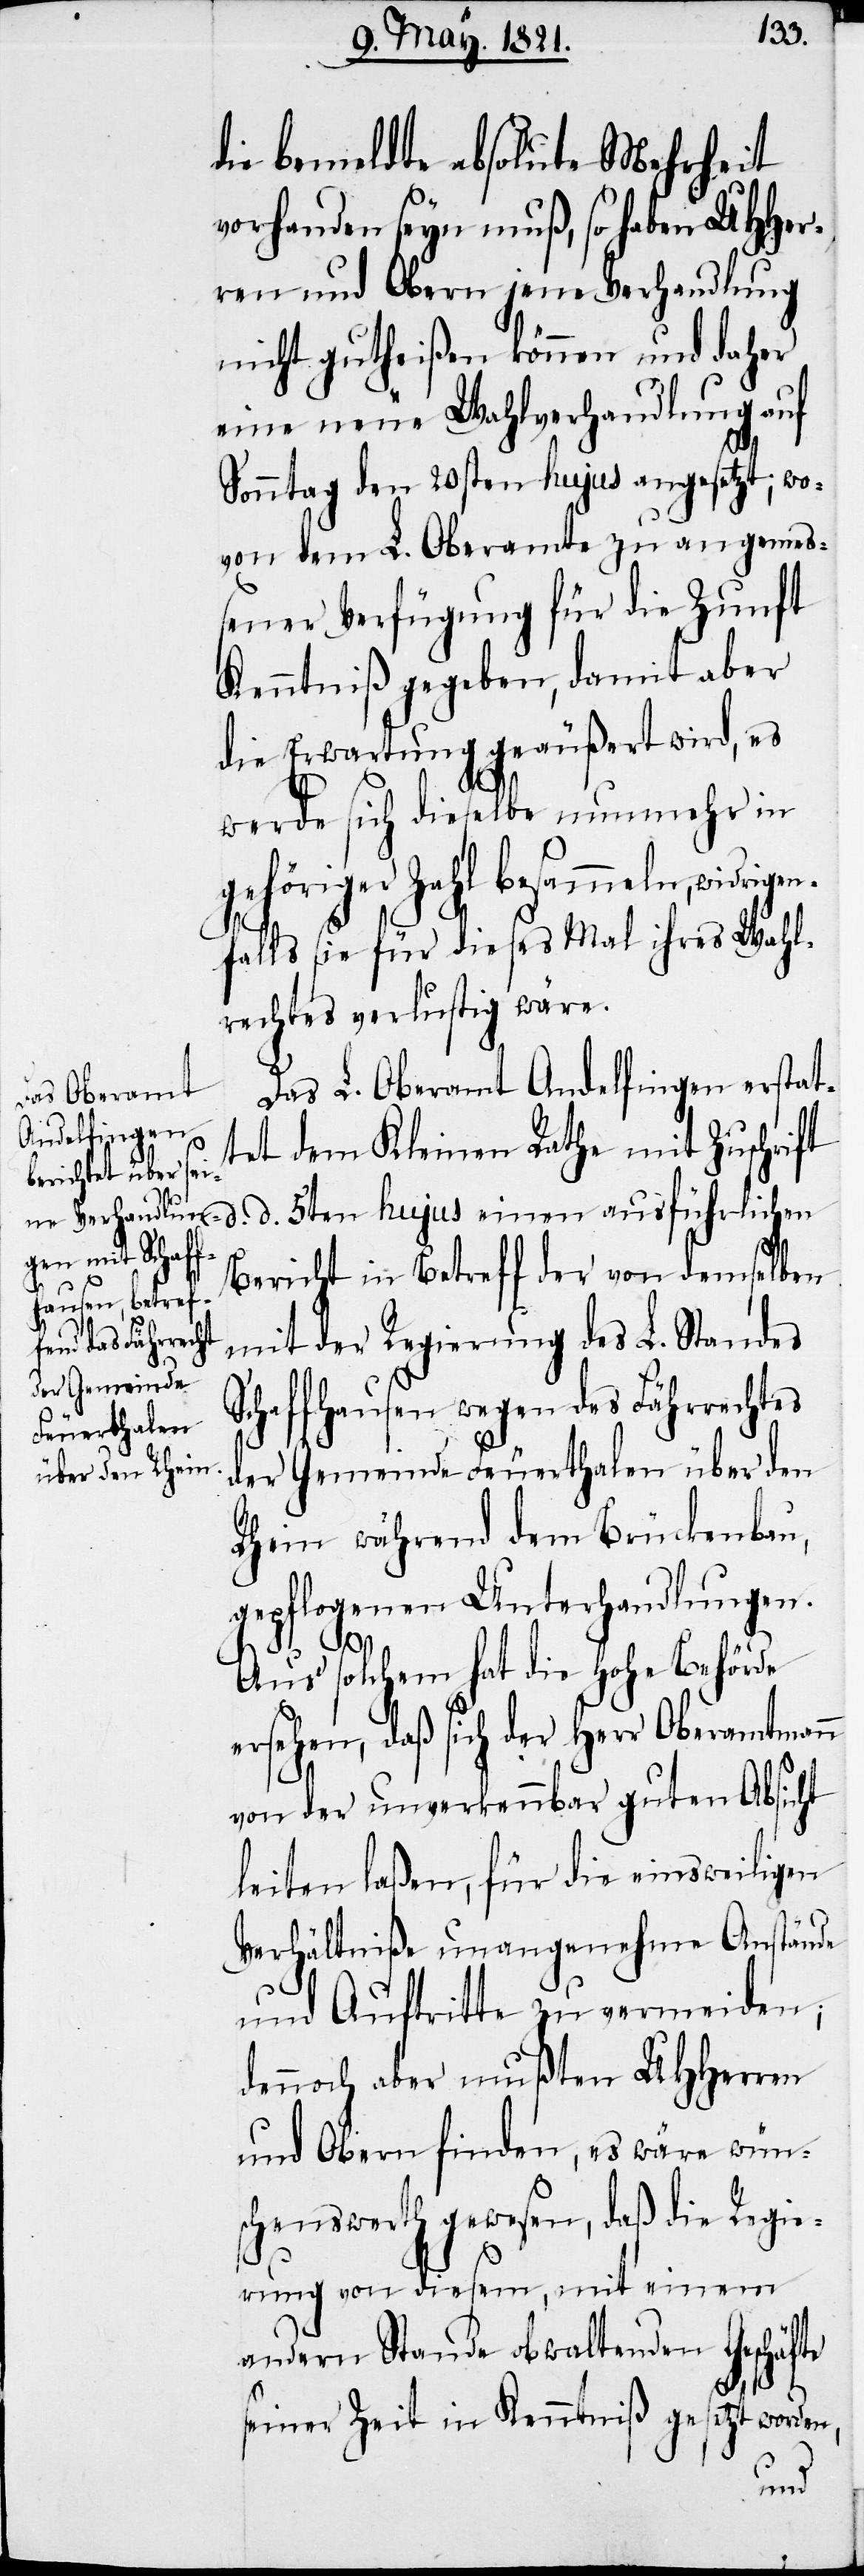
die bemeldte absolute Mehrheit
vorhanden seyn muß, so haben UHHer¬
ren und Obern jene Verhandlung
nicht gutheißen können und daher
eine neue Wahlverhandlung auf
Sonntag den 20sten hujus angesetzt; wo¬
von dem L. Oberamte zu angemeß¬
ener Verfügung für die Zunft
Kenntniß gegeben, damit aber
die Erwartung geäußert wir, es
werde sich dieselbe nunmehr in
gehöriger Zahl besammeln, widri¬
falls sie für dieses Mal ihres Wahl¬
rechts verlustig wäre.
Das L. Oberamt Andelfingen erstat¬
L. Oberamtes
tet dem Kleinen Rathe mit Zuschrift
Bericht in Betreff der von demselben
zu
einer solchen,
mit der Regierung des L. Standes
Schaffhausen wegen des Fährrechtes
der Gemeinde Feuerthalen über den
Rhein während dem Brückenbau,
gepflogenen Unterhandlungen.
d.
Aus solchem hat die hohe Behörde
ersehen, daß sich der Herr Oberamtmann
von der unverkennbar guten Absicht
leiten laßen, für die einsweiligen
Verhältniße unangenehme Anstände
und Auftritte zu vermeiden;
dennoch aber mußten UHHerren
und Obern finden, es wäre wüns¬
chenswert gewesen, daß die Regie¬
rung von diesem, mit einem
andern Stande obwaltenden Geschäfte
5ten
seiner Zeit in Kenntniß gesetzt worden,
fand,